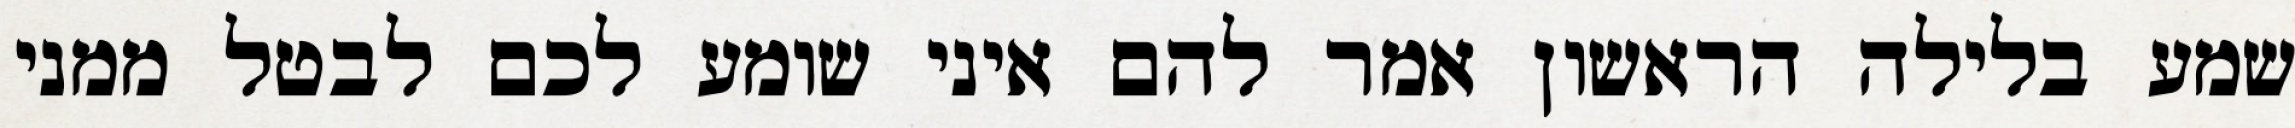
שמע בלילה הראשון אמר להם איני שומע לכם לבטל ממני